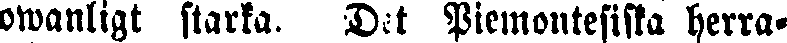
owanligt starka. Det Piemontesiska herra-